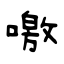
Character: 噭